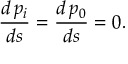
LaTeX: \frac { d \, p _ { i } } { d s } = \frac { d \, p _ { 0 } } { d s } = 0 .